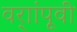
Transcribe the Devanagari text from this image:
वर्ाांपूवी